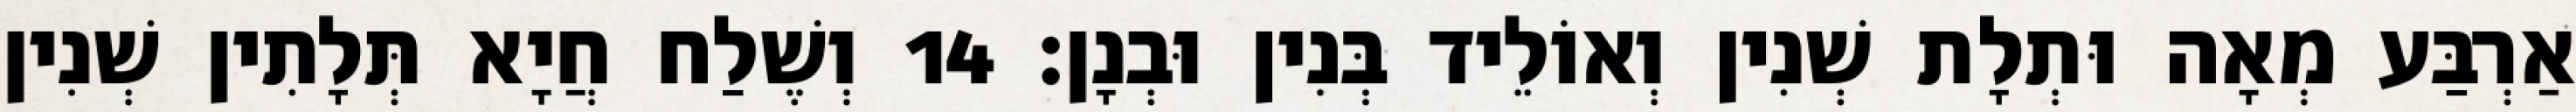
אַרְבַּע מְאָה וּתְלָת שְׁנִין וְאוֹלֵיד בְּנִין וּבְנָן׃ 14 וְשֶׁלַח חֲיָא תְּלָתִין שְׁנִין